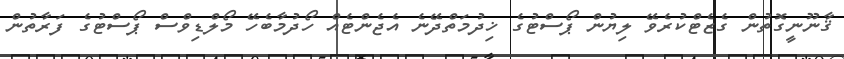
ޤާނޫނީގޮތުން ގެޒެޓްކުރެވޭ ލިޔުން ޕޯސްޓުގެ ޚިދުމަތްދޭނެ އެޖެންޓެއް ހޯދުމާބެހޭ މޯލްޑިވްސް ޕޯސްޓުގެ ފަރާތުން